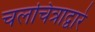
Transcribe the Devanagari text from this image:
चलचित्राद्वारे